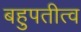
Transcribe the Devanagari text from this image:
बहुपतीत्व